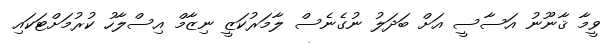
ވީމާ ޤާނޫނު އަސާސީ އަށް ބަދަލު ނުގެނެސް ލާމަރުކަޒީ ނިޒާމް އިސްލާހު ކުރުމަށްޓަކައި